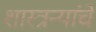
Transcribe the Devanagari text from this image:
शास्त्रन्यांचे